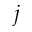
j